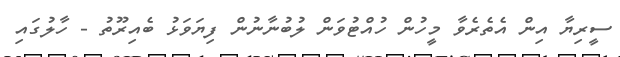
ސީރިޔާ އިން އެތެރެވާ މީހުން ހުއްޓުވަން ލުބުނާނުން ފިޔަވަޅު ބެއިރޫތު - ހާލުގައި